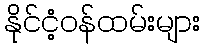
နိုင်ငံ့ဝန်ထမ်းများ